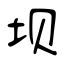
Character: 坝